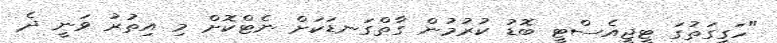
"ހަގީގަތުގަ ޓީޖީއެސްޓީ ބޮޑު ކުރުމުން ގާތްގަނޑަކަށް ނެޓްކޮށް މި އިތުރު ވަނީ ދެ